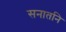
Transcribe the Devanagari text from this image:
सनातनि